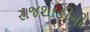
રાજશાહીની